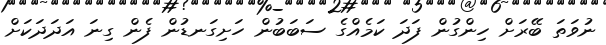
ނުވަތަ ބޭރަށް ހިންގުން ފަދަ ކަމެއްގެ ސަބަބުން ހަށިގަނޑުން ފެން ގިނަ އަދަދަކަށް